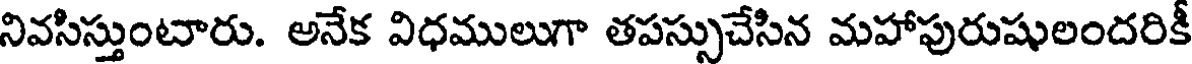
నివసిస్తుంటారు. అనేక విధములుగా తపస్సుచేసిన మహాపురుషులందరికీ